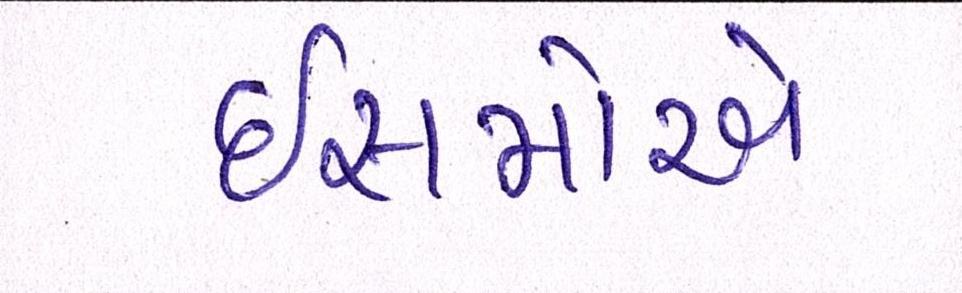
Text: ઈસમોએ